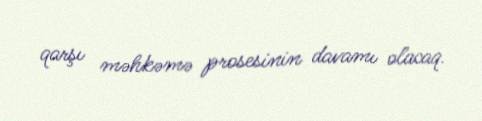
qarşı məhkəmə prosesinin davamı olacaq.